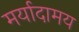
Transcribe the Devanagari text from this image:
मर्यादामय